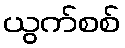
ယွက်စစ်